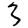
Digit: 3